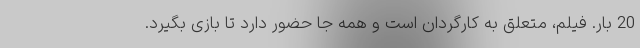
20 بار. فیلم، متعلق به کارگردان است و همه جا حضور دارد تا بازی بگیرد.